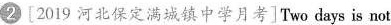
②[2019 河北保定满城镇中学月考]Two days is not